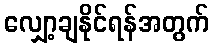
လျှော့ချနိုင်ရန်အတွက်